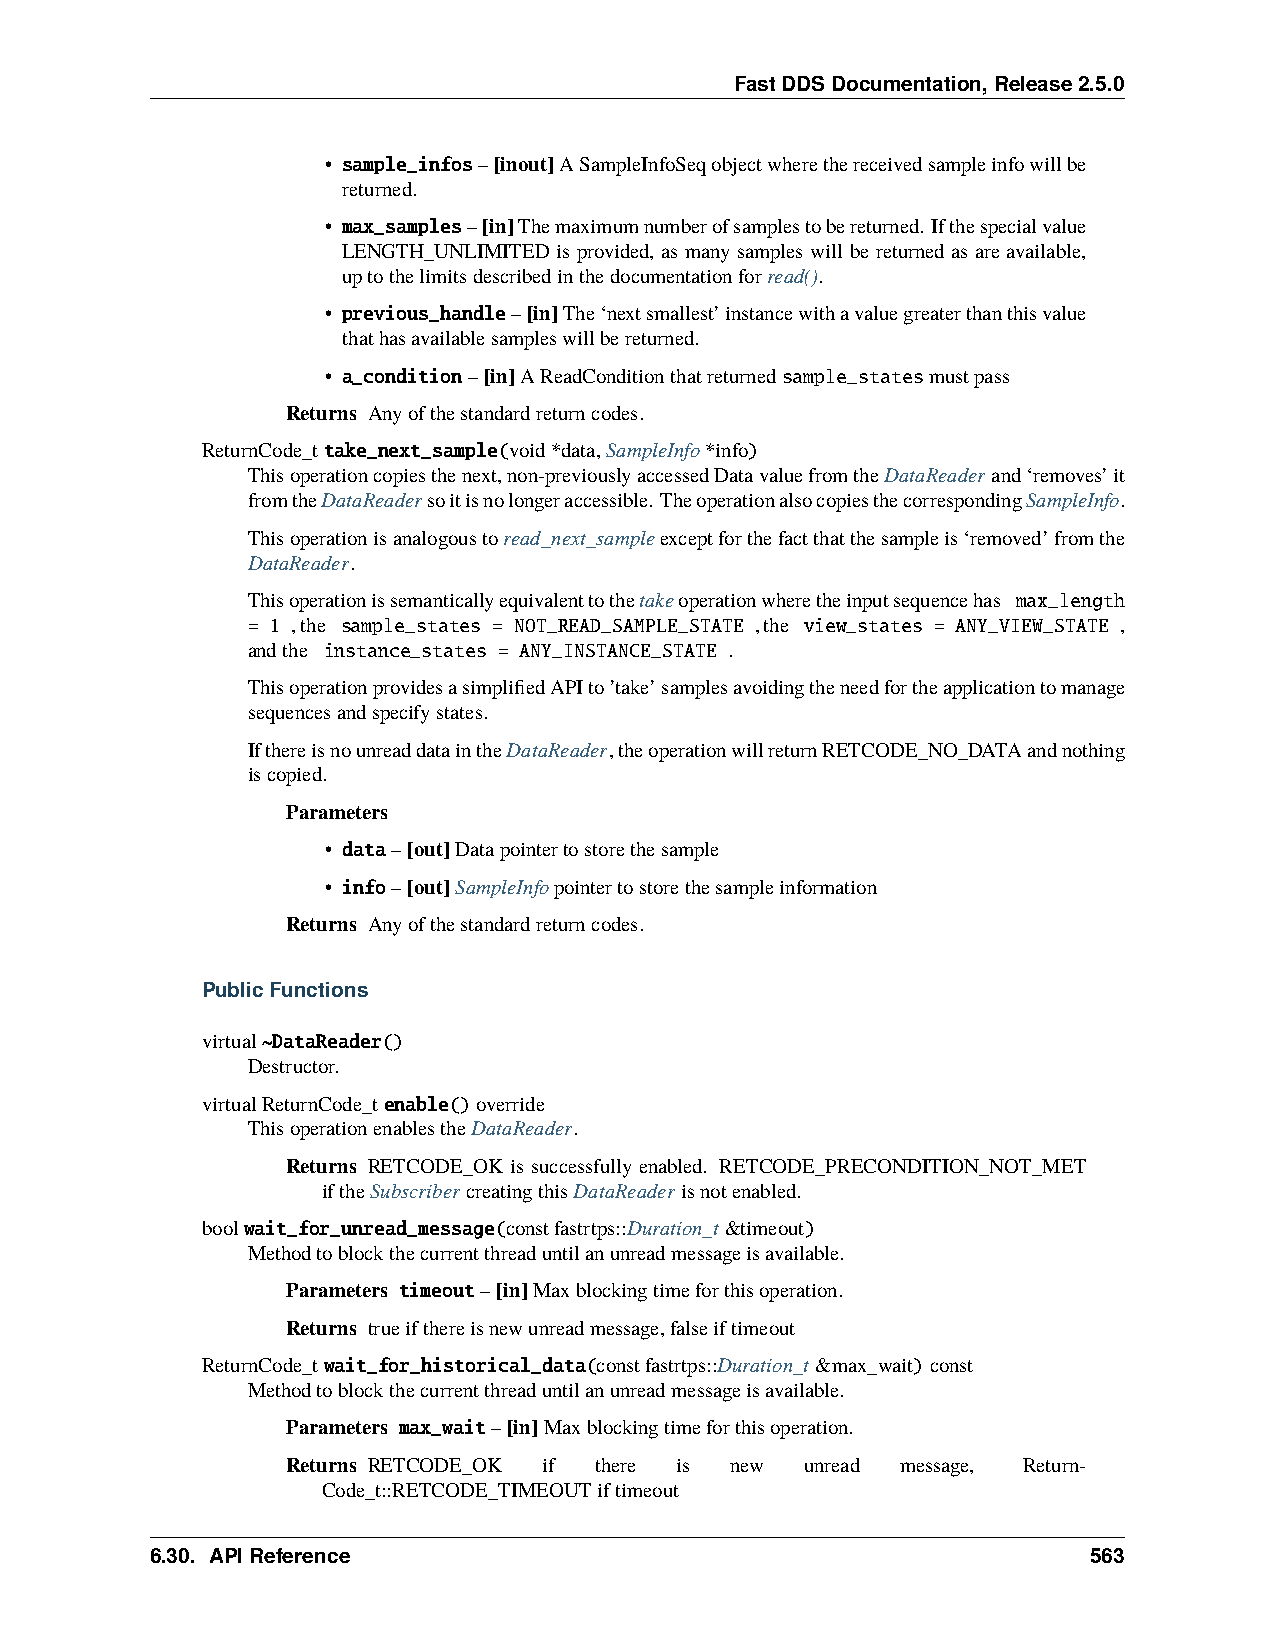
FastDDSDocumentation,Release2.5.0
 • sample_infos–[inout]ASampleInfoSeqobjectwherethereceivedsampleinfowillbe
 returned.
 • max_samples–[in]Themaximumnumberofsamplestobereturned. Ifthespecialvalue
 LENGTH_UNLIMITED is provided, as many samples will be returned as are available,
 uptothelimitsdescribedinthedocumentationforread().
 • previous_handle–[in]The‘nextsmallest’instancewithavaluegreaterthanthisvalue
 thathasavailablesampleswillbereturned.
 • a_condition–[in]AReadConditionthatreturnedsample_statesmustpass
 Returns Anyofthestandardreturncodes.
 ReturnCode_ttake_next_sample(void*data,SampleInfo*info)
 Thisoperationcopiesthenext,non-previouslyaccessedDatavaluefromtheDataReaderand‘removes’it
 fromtheDataReadersoitisnolongeraccessible. TheoperationalsocopiesthecorrespondingSampleInfo.
 Thisoperationisanalogoustoread_next_sampleexceptforthefactthatthesampleis‘removed’fromthe
 DataReader.
 Thisoperationissemanticallyequivalenttothetakeoperationwheretheinputsequencehas max_length
 = 1 ,the sample_states = NOT_READ_SAMPLE_STATE ,the view_states = ANY_VIEW_STATE ,
 andthe instance_states = ANY_INSTANCE_STATE .
 ThisoperationprovidesasimplifiedAPIto’take’samplesavoidingtheneedfortheapplicationtomanage
 sequencesandspecifystates.
 IfthereisnounreaddataintheDataReader,theoperationwillreturnRETCODE_NO_DATAandnothing
 iscopied.
 Parameters
 • data–[out]Datapointertostorethesample
 • info–[out]SampleInfopointertostorethesampleinformation
 Returns Anyofthestandardreturncodes.
 PublicFunctions
 virtual~DataReader()
 Destructor.
 virtualReturnCode_tenable()override
 ThisoperationenablestheDataReader.
 Returns RETCODE_OK is successfully enabled. RETCODE_PRECONDITION_NOT_MET
 iftheSubscribercreatingthisDataReaderisnotenabled.
 boolwait_for_unread_message(constfastrtps::Duration_t&timeout)
 Methodtoblockthecurrentthreaduntilanunreadmessageisavailable.
 Parameters timeout–[in]Maxblockingtimeforthisoperation.
 Returns trueifthereisnewunreadmessage,falseiftimeout
 ReturnCode_twait_for_historical_data(constfastrtps::Duration_t&max_wait)const
 Methodtoblockthecurrentthreaduntilanunreadmessageisavailable.
 Parameters max_wait–[in]Maxblockingtimeforthisoperation.
 Returns RETCODE_OK if there is new unread message, Return-
 Code_t::RETCODE_TIMEOUTiftimeout
 6.30. APIReference                                            563